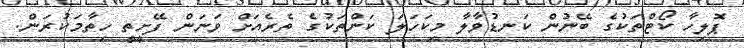
ޕޮލިހާ ކޯޓްތަކުގެ ބޭނުން ކަނޑުވާލާ މިކަހަލަ ކަންތަކުގެ ތެރެއަށް ވަނަން ފޭށީތީ ހިތާމަކުރަން.